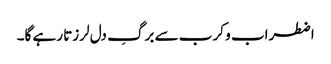
اضطراب و کرب سے برگِ دل لرزتا رہے گا۔